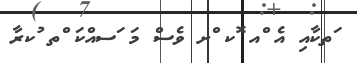
ަތކާއި އެ ްއ ޮކ ްށ ވެސް މަ ަސއްކަ ްތ ުކރާ